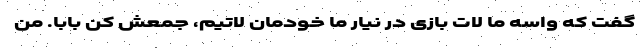
گفت که واسه ما لات بازی در نیار ما خودمان لاتیم، جمعش کن بابا. من